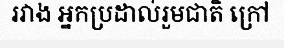
រវាង អ្នកប្រដាល់រួមជាតិ ក្រៅ